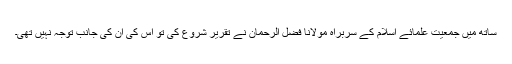
ساتھ میں جمعیت علمائے اسلام کے سربراہ مولانا فضل الرحمان نے تقریر شروع کی تو اس کی ان کی جانب توجہ نہیں تھی۔